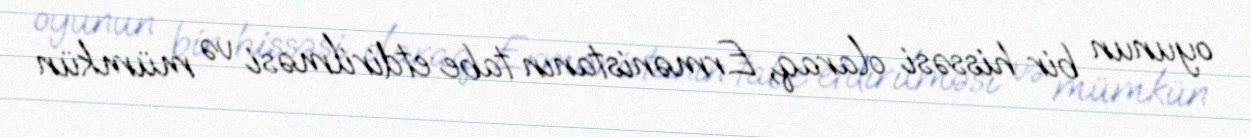
oyunun bir hissəsi olaraq, Ermənistanın tabe etdirilməsi və mümkün